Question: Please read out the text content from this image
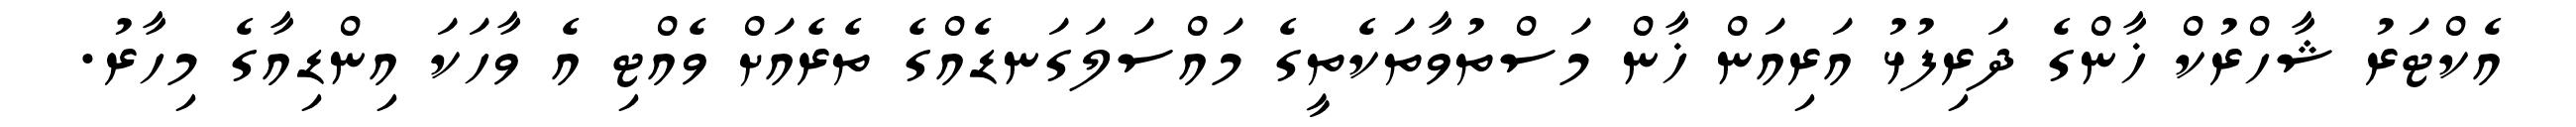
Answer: އެކްޓަރު ޝާހްރުކް ޚާންގެ ދަރިފުޅު އަރިއަން ޚާން މަސްތުވާތަކެތީގެ މައްސަލަގަނޑެއްގެ ތެރެއަށް ވެއްޓި އެ ވާހަކަ އިންޑިއާގެ މިހާރު.